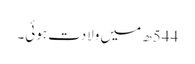
544ھ میں ولادت ہوئی۔